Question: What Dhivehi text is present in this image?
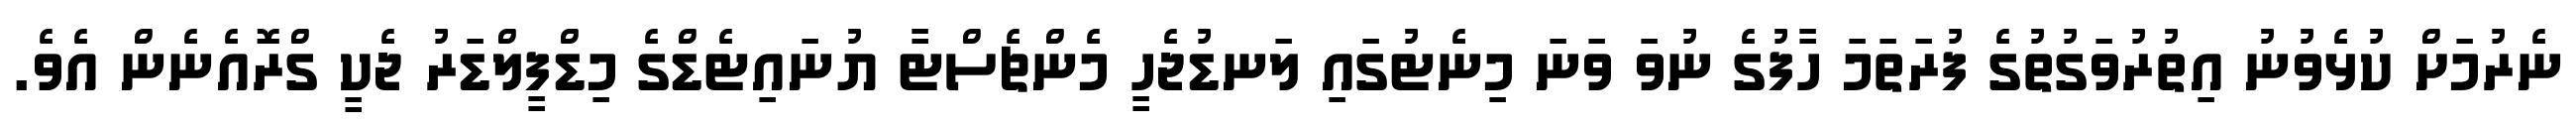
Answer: ނެރުމަށް ކުޅެވުނު އިތުރުވަގުތުގެ ފުރަތަމަ ހާފުގެ ނުވަ ވަނަ މިނެޓުގައި ލަނޑުޖެހީ މެންޗެސްޓާ ޔުނައިޓެޑްގެ މިޑްފީލްޑަރު ޖެކީ ގްރޮއެނެން އެވެ.